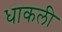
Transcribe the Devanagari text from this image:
धाकली